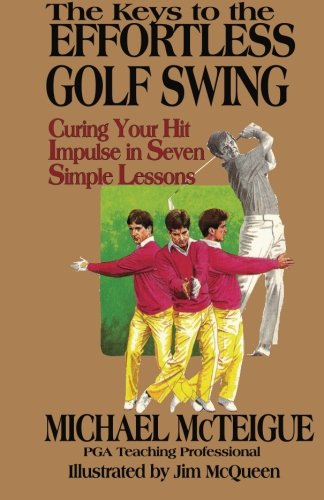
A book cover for The Keys to the Effortless Golf Swing: Curing Your Hit Impulse in Seven Simple Lessons (Golf Instruction for Beginner and Intermediate Golfers) (Volume 1); Michael McTeigue; Sports & Outdoors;